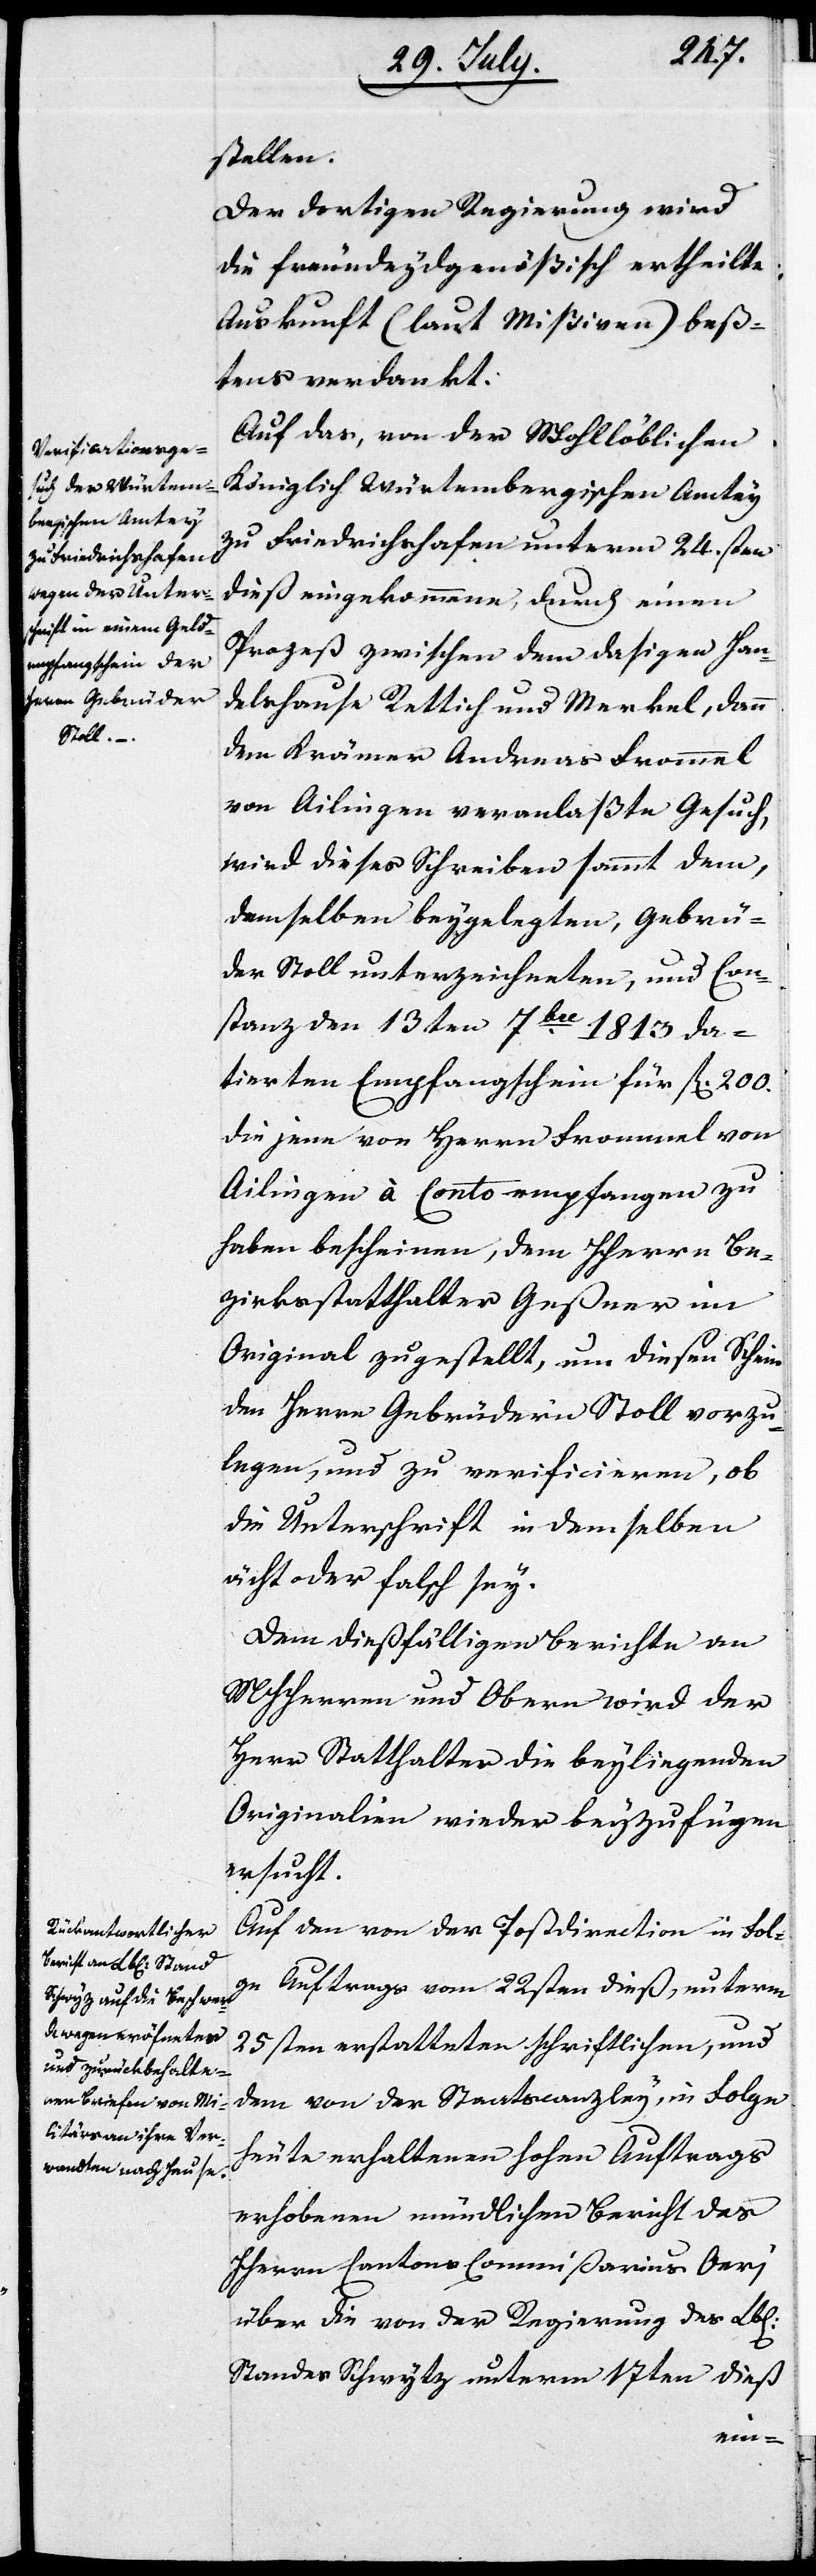
stellen.
Der dortigen Regierung wird
die freundeydgenößisch ertheilte
Auskunft (laut Mißiven) beß¬
tens verdankt.
Auf das, von der Wohllöblichen
Königlich Würtembergischen Amtey
zu Friedrichshafen unterm 24sten
dieß eingekommene, durch einen
Prozeß zwischen dem dasigen Han¬
delhause Rettich und Merkel, dann
dem Krämer Andreas Frommel
von Ailingen veranlaßte Gesuch,
wird dieses Schreiben sammt dem,
demselben beygelegten, Gebrü¬
der Stoll unterzeichneten, und Con¬
stanz den 13ten 7ber 1813. da¬
tierten Empfangsschein für fl 200.
die jene von Herrn Frommel von
Ailingen à Conto empfangen zu
haben bescheinen, dem HHerrn Be¬
zirksstatthalter Geßner im
Original zugestellt, um diesen Schein
den HHerrn Gebrüder Stoll vorzu¬
legen, und zu verificieren, ob
die Unterschrift in demselben
ächt oder falsch sey.
Dem dießfälligen Bericht an
MHHerren und Obern wird der
Herr Statthalter die beyliegenden
Originalien wieder beyzufügen
ersucht.
Auf den von der Postdirection in Fol¬
ge Auftrags vom 22sten dieß, unterm
25sten erstatteten schriftlichen, und
dem von der Staatscanzley, in Folge
heute erhaltenen Hohen Auftrags
erhobenen mündlichen Bericht des
HHerrn Cantons-Commißarius Oeri
über die von der Regierung des Lbl.
Standes Schwytz unterm 17ten dieß